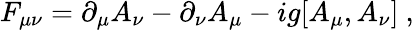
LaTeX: F_{\mu\nu}=\partial_{\mu}A_{\nu}-\partial_{\nu}A_{\mu}-ig[A_{\mu},A_{\nu}]\ ,